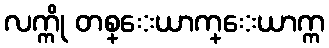
လက္ကို တစ္ေယာက္ေယာက္က